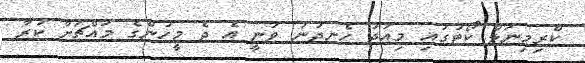
ކްރިމިނަލް ކޯޓުގައި މިއަދު ހެނދުނު ވަނީ އެ ދެ މީހުންގެ މައްޗަށް ކުރާ